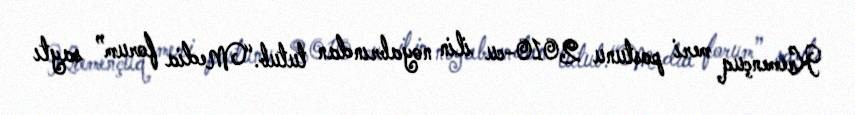
Kremençuq meri postunu 2010-cu ilin noyabrından tutub.“Media forum” saytı